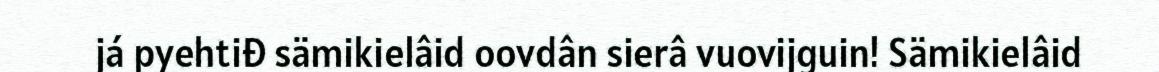
já pyehtiđ sämikielâid oovdân sierâ vuovijguin! Sämikielâid